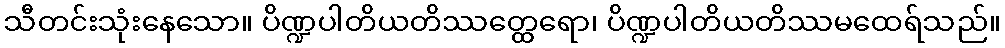
သီတင်းသုံးနေသော။ ပိဏ္ဍပါတိယတိဿတ္ထေရော၊ ပိဏ္ဍပါတိယတိဿမထေရ်သည်။